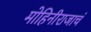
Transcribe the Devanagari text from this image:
मोहिनीराजाचं